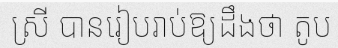
ស្រី បានរៀបរាប់ឱ្យដឹងថា តូប